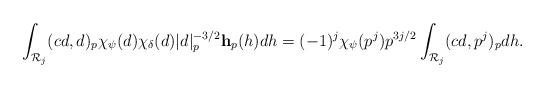
LaTeX: \begin{align*} \int_{\mathcal R_j} (cd,d)_p\chi_{\psi}(d)\chi_{\delta}(d)|d|_p^{-3/2}\mathbf h_p(h) dh = (-1)^j\chi_{\psi}(p^j)p^{3j/2}\int_{\mathcal R_j} (cd,p^j)_p dh. \end{align*}